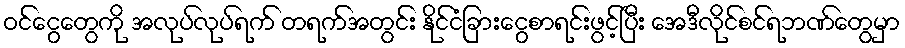
ဝင်ငွေတွေကို အလုပ်လုပ်ရက် တရက်အတွင်း နိုင်ငံခြားငွေစာရင်းဖွင့်ပြီး အေဒီလိုင်စင်ရဘဏ်တွေမှာ